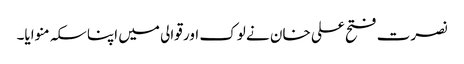
نصرت فتح علی خان نے لوک اور قوالی میں اپنا سکہ منوایا۔